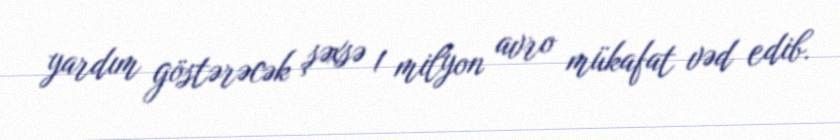
yardım göstərəcək şəxsə 1 milyon avro mükafat vəd edib.